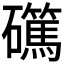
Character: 𥗖